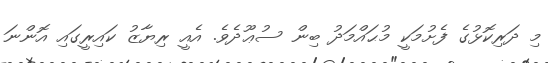
މި ދަރިކޮޅުގެ ފެށުމަކީ މުޙައްމަދު ބިން ސުޢޫދެވެ. އެއީ ރިޔާޒު ކައިރީގައި އޮންނަ